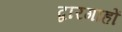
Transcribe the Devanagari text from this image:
द्वारगाहों